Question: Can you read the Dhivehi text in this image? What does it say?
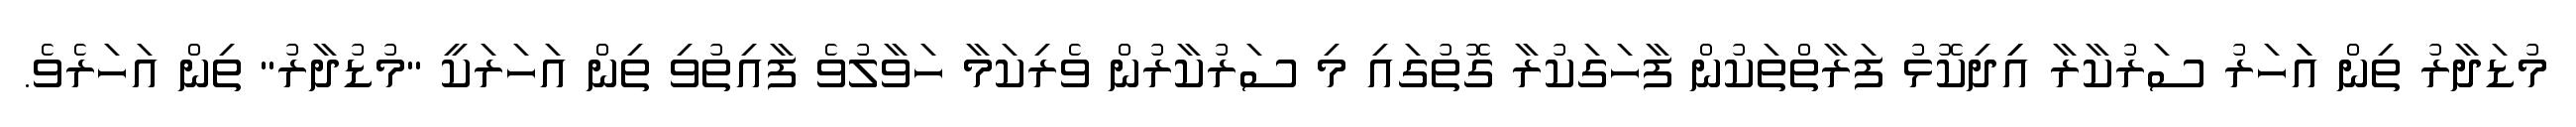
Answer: މުޑަދާރު ތިން އަަހަރު ސަރުކާރާ އިިދިކޮޅު ފަރާތްތަކުން ފާހަގަކުރާ ގޮތުގައި މި ސަރުކާރުން ވެރިކަމާ ހަވާލުވެ ފާއިތުވި ތިން އަހަރަކީ "މުޑުދާރު" ތިން އަހަރެވެ.